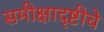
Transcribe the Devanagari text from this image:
समीक्षादृष्टीचे